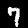
Digit: 7